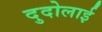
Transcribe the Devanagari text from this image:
दुदोलाई